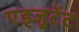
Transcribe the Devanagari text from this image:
एड्जुटेंट